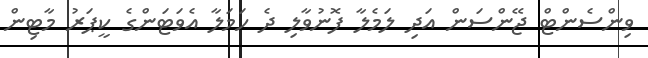
ވިންސެންޓް ޖޭންސަން އަދި ލަމެލާ ފޮނުވާލި ދެ ހަމަލާ އެވަޓަންގެ ކީޕަރު މާޓިން